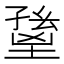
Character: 𡏸